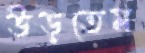
উড়তেম